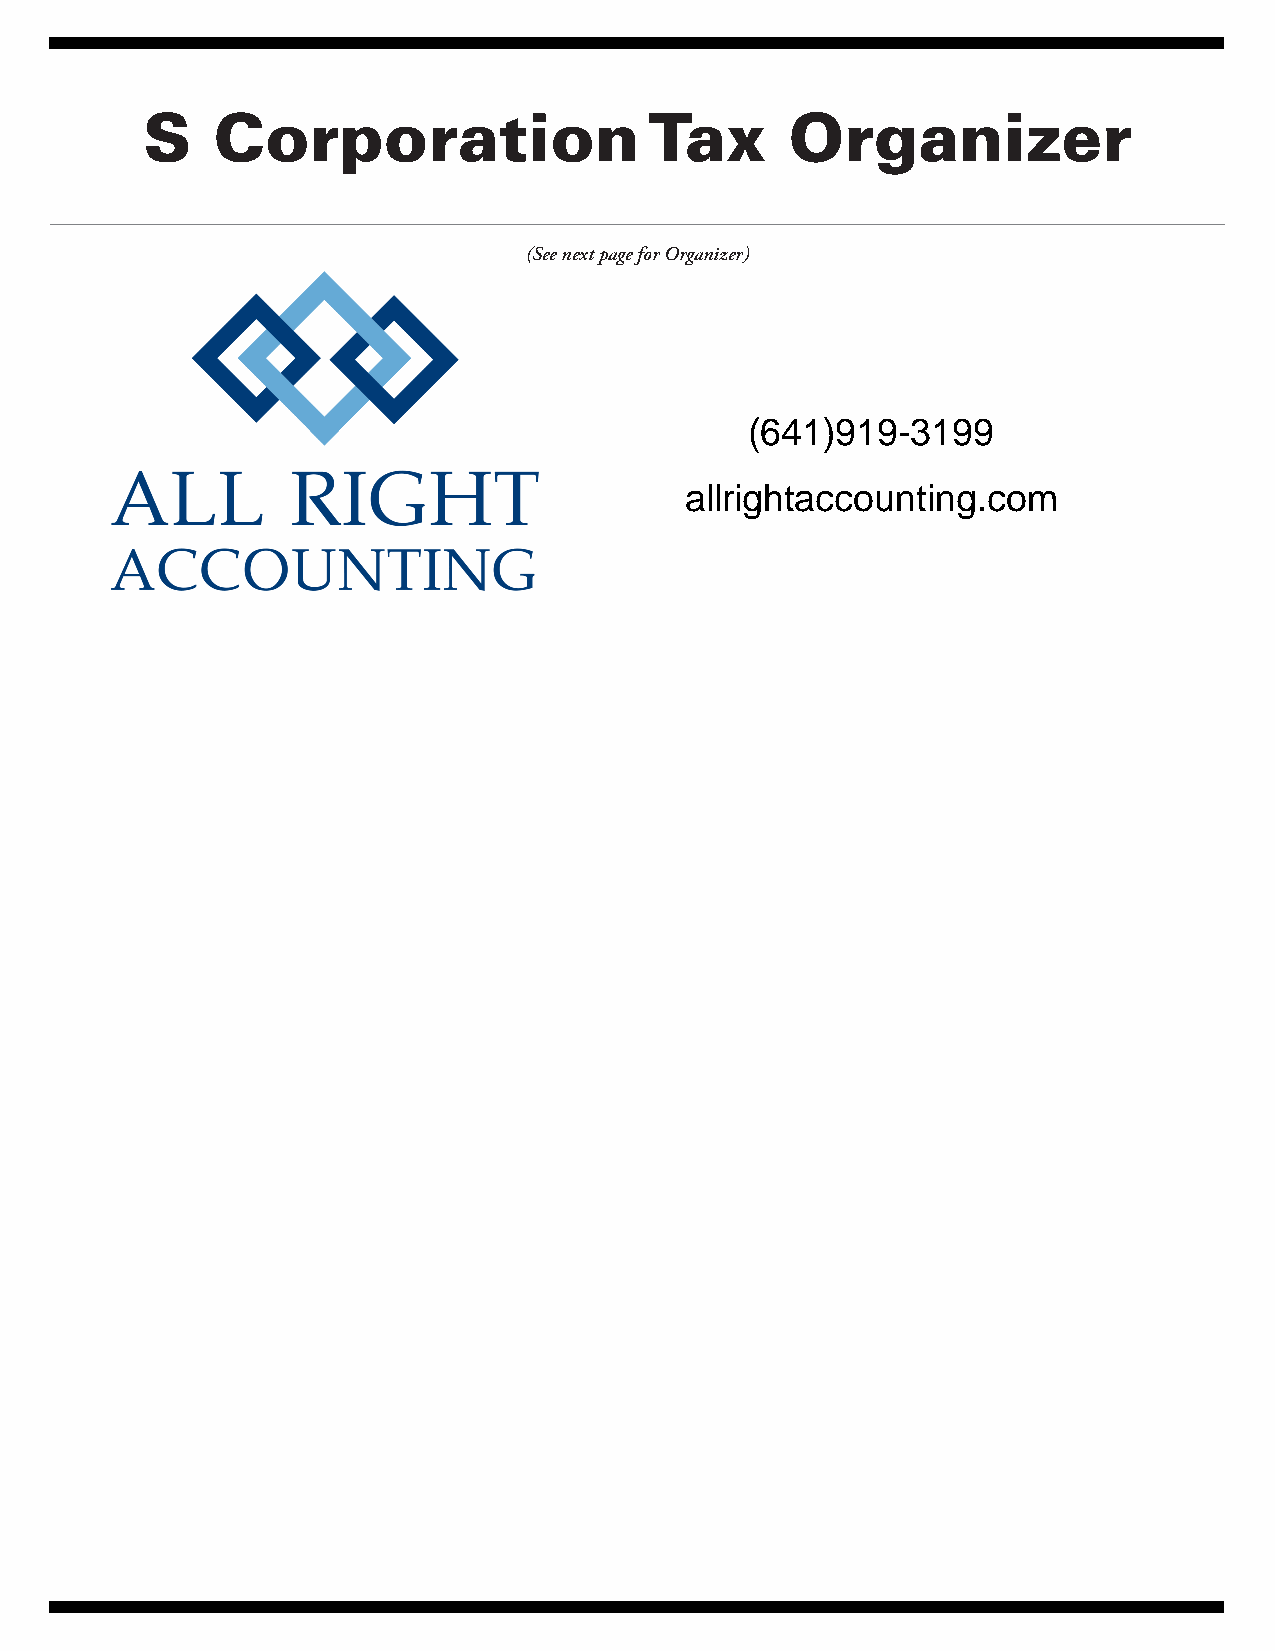
S    Corporation                  Tax      Organizer
 (See next page for Organizer)
 (641)919-3199
 allrightaccounting.com
 Powered by TCPDF (www.tcpdf.org)